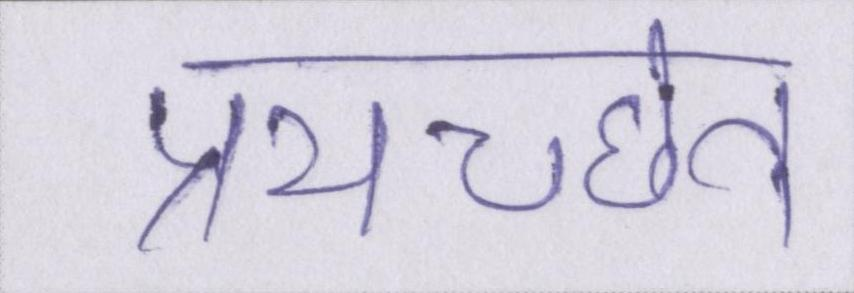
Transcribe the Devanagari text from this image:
प्रयच्छेत्